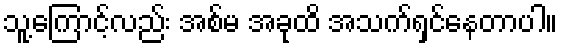
သူ့ကြောင့်လည်း အစ်မ အခုထိ အသက်ရှင်နေတာပါ။